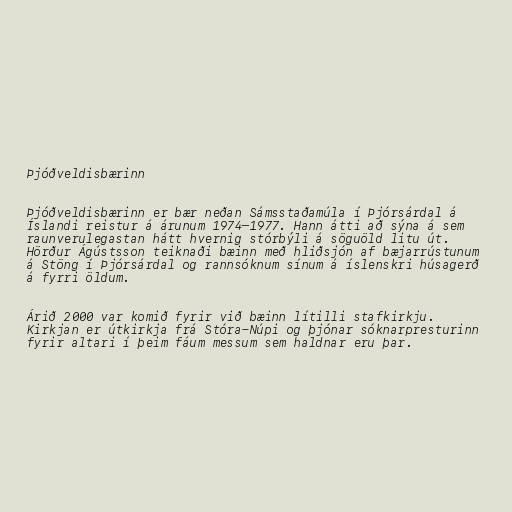
Þjóðveldisbærinn

Þjóðveldisbærinn er bær neðan Sámsstaðamúla í Þjórsárdal á
Íslandi reistur á árunum 1974–1977. Hann átti að sýna á sem
raunverulegastan hátt hvernig stórbýli á söguöld litu út.
Hörður Ágústsson teiknaði bæinn með hliðsjón af bæjarrústunum
á Stöng í Þjórsárdal og rannsóknum sínum á íslenskri húsagerð
á fyrri öldum.

Árið 2000 var komið fyrir við bæinn lítilli stafkirkju.
Kirkjan er útkirkja frá Stóra-Núpi og þjónar sóknarpresturinn
fyrir altari í þeim fáum messum sem haldnar eru þar.